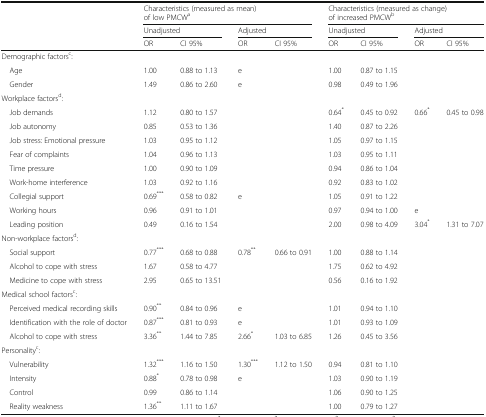
<table><thead><tr><td></td><td colspan="4"><b>Characteristics (measured as mean) of low PMCW<sup>a</sup></b></td><td colspan="4"><b>Characteristics (measured as change) of increased PMCW<sup>b</sup></b></td></tr><tr><td rowspan="2"></td><td colspan="2"><b>Unadjusted</b></td><td colspan="2"><b>Adjusted</b></td><td colspan="2"><b>Unadjusted</b></td><td colspan="2"><b>Adjusted</b></td></tr><tr><td><b>OR</b></td><td><b>CI 95%</b></td><td><b>OR</b></td><td><b>CI 95%</b></td><td><b>OR</b></td><td><b>CI 95%</b></td><td><b>OR</b></td><td><b>CI 95%</b></td></tr></thead><tbody><tr><td colspan="9">Demographic factors<sup>c</sup>:</td></tr><tr><td> Age</td><td>1.00</td><td>0.88 to 1.13</td><td>e</td><td></td><td>1.00</td><td>0.87 to 1.15</td><td></td><td></td></tr><tr><td> Gender</td><td>1.49</td><td>0.86 to 2.60</td><td>e</td><td></td><td>0.98</td><td>0.49 to 1.96</td><td></td><td></td></tr><tr><td colspan="9">Workplace factors<sup>d</sup>:</td></tr><tr><td> Job demands</td><td>1.12</td><td>0.80 to 1.57</td><td></td><td></td><td>0.64<sup>*</sup></td><td>0.45 to 0.92</td><td>0.66<sup>*</sup></td><td>0.45 to 0.98</td></tr><tr><td> Job autonomy</td><td>0.85</td><td>0.53 to 1.36</td><td></td><td></td><td>1.40</td><td>0.87 to 2.26</td><td></td><td></td></tr><tr><td> Job stress: Emotional pressure</td><td>1.03</td><td>0.95 to 1.12</td><td></td><td></td><td>1.05</td><td>0.97 to 1.15</td><td></td><td></td></tr><tr><td> Fear of complaints</td><td>1.04</td><td>0.96 to 1.13</td><td></td><td></td><td>1.03</td><td>0.95 to 1.11</td><td></td><td></td></tr><tr><td> Time pressure</td><td>1.00</td><td>0.90 to 1.09</td><td></td><td></td><td>0.94</td><td>0.86 to 1.04</td><td></td><td></td></tr><tr><td> Work-home interference</td><td>1.03</td><td>0.92 to 1.16</td><td></td><td></td><td>0.92</td><td>0.83 to 1.02</td><td></td><td></td></tr><tr><td> Collegial support</td><td>0.69<sup>***</sup></td><td>0.58 to 0.82</td><td>e</td><td></td><td>1.05</td><td>0.91 to 1.22</td><td></td><td></td></tr><tr><td> Working hours</td><td>0.96</td><td>0.91 to 1.01</td><td></td><td></td><td>0.97</td><td>0.94 to 1.00</td><td>e</td><td></td></tr><tr><td> Leading position</td><td>0.49</td><td>0.16 to 1.54</td><td></td><td></td><td>2.00</td><td>0.98 to 4.09</td><td>3.04<sup>*</sup></td><td>1.31 to 7.07</td></tr><tr><td colspan="9">Non-workplace factors<sup>d</sup>:</td></tr><tr><td> Social support</td><td>0.77<sup>***</sup></td><td>0.68 to 0.88</td><td>0.78<sup>**</sup></td><td>0.66 to 0.91</td><td>1.00</td><td>0.88 to 1.14</td><td></td><td></td></tr><tr><td> Alcohol to cope with stress</td><td>1.67</td><td>0.58 to 4.77</td><td></td><td></td><td>1.75</td><td>0.62 to 4.92</td><td></td><td></td></tr><tr><td> Medicine to cope with stress</td><td>2.95</td><td>0.65 to 13.51</td><td></td><td></td><td>0.56</td><td>0.16 to 1.92</td><td></td><td></td></tr><tr><td colspan="9">Medical school factors<sup>c</sup>:</td></tr><tr><td> Perceived medical recording skills</td><td>0.90<sup>**</sup></td><td>0.84 to 0.96</td><td>e</td><td></td><td>1.01</td><td>0.94 to 1.10</td><td></td><td></td></tr><tr><td> Identification with the role of doctor</td><td>0.87<sup>***</sup></td><td>0.81 to 0.93</td><td>e</td><td></td><td>1.01</td><td>0.93 to 1.09</td><td></td><td></td></tr><tr><td> Alcohol to cope with stress</td><td>3.36<sup>**</sup></td><td>1.44 to 7.85</td><td>2.66<sup>*</sup></td><td>1.03 to 6.85</td><td>1.26</td><td>0.45 to 3.56</td><td></td><td></td></tr><tr><td colspan="9">Personality<sup>c</sup>:</td></tr><tr><td> Vulnerability</td><td>1.32<sup>***</sup></td><td>1.16 to 1.50</td><td>1.30<sup>***</sup></td><td>1.12 to 1.50</td><td>0.94</td><td>0.81 to 1.10</td><td></td><td></td></tr><tr><td> Intensity</td><td>0.88<sup>*</sup></td><td>0.78 to 0.98</td><td>e</td><td></td><td>1.03</td><td>0.90 to 1.19</td><td></td><td></td></tr><tr><td> Control</td><td>0.99</td><td>0.86 to 1.14</td><td></td><td></td><td>1.06</td><td>0.90 to 1.25</td><td></td><td></td></tr><tr><td> Reality weakness</td><td>1.36<sup>**</sup></td><td>1.11 to 1.67</td><td></td><td></td><td>1.00</td><td>0.79 to 1.27</td><td></td><td></td></tr></tbody></table>